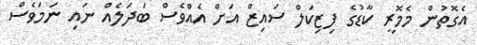
އެގޮތުން މެމޮރީ ކާޑުގެ ފިޒިކަލް ސައިޒް އަށް އެއްވެސް ބަދަލެއް ނައި ނަމަވެސް